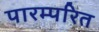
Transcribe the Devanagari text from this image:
पारम्परित